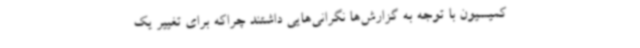
کمیسیون با توجه به گزارش‌ها نگرانی‌هایی داشتند چراکه برای تغییر یک